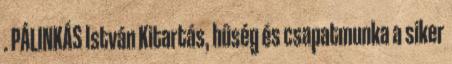
. PÁLINKÁS István Kitartás, hûség és csapatmunka a siker